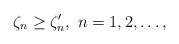
LaTeX: \begin{align*}\zeta_n \geq \zeta'_n,\ n =1,2,\ldots, \end{align*}